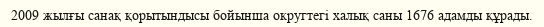
2009 жылғы санақ қорытындысы бойынша округтегі халық саны 1676 адамды құрады.